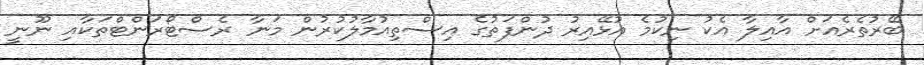
ބޭރުތެރެއަށް އާއިލާ އެކު ނިކުމެ އުޅޭއިރު ދުންފަތުގެ އިސްތިއުމާލުކުރުން މަނާ ރެސްޓޯރަންޓްތަކާއި ނޫނީ